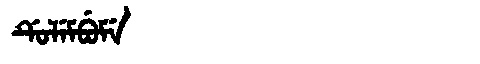
Manchu: ᡩᡠᠯᡝᠮᠪᡠᠮᡝ
Romanization: DULEMBUME